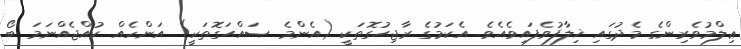
ޢިލްމުވެރިންގެ މެދުގައި ޚިލާފުވެފައިވެއެވެ. އެކަމުގެ ރާޖިޙުގޮތަކީ (އެންމެ ޞައްޙަގޮތަކީ) އަންހެއް ކުއްޖެއްނަމަ ބޯ